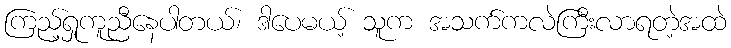
ကြည့်ရှုကူညီနေပါတယ်၊ ဒါပေမယ့် သူက အသက်ကလဲကြီးလာရတဲ့အထဲ